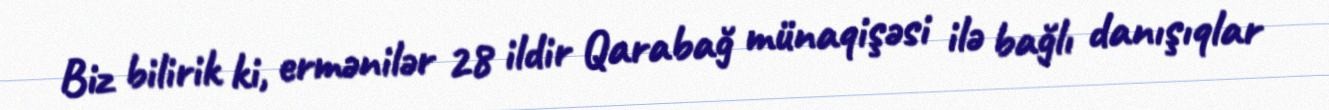
Biz bilirik ki, ermənilər 28 ildir Qarabağ münaqişəsi ilə bağlı danışıqlar